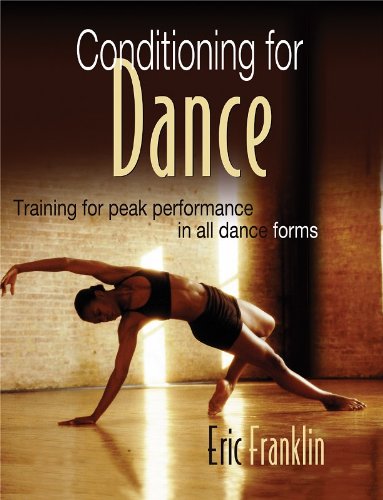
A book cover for Conditioning for Dance; Eric Franklin; Humor & Entertainment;